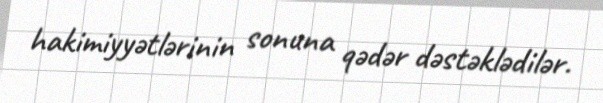
hakimiyyətlərinin sonuna qədər dəstəklədilər.